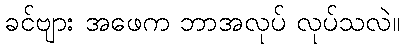
ခင်ဗျား အဖေက ဘာအလုပ် လုပ်သလဲ။